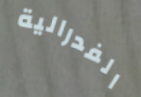
الفدرالية